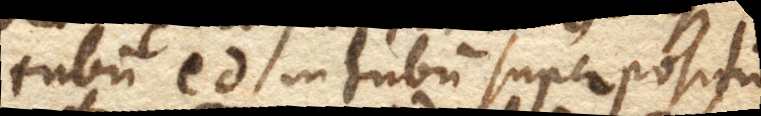
tubum ed. in tubum superpositum